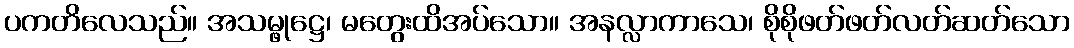
ပကတိလေသည်။ အသမ္ဖုဋ္ဌေ၊ မတွေးထိအပ်သော။ အနလ္လာကာသေ၊ စိုစိုဖတ်ဖတ်လတ်ဆတ်သော